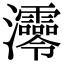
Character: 𤅫